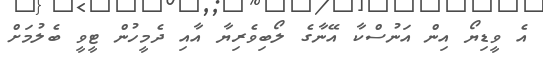
އެ ވީޑިޔޯ އިން އަނުސްކާ އޭނާގެ ލޯބިވެރިޔާ އާއި ދެމީހުން ޓީވީ ބެލުމަށް